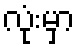
လုံးမှာ